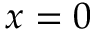
x = 0